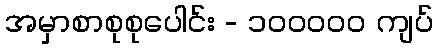
အမှာစာစုစုပေါင်း - ၁၀၀၀၀၀ ကျပ်